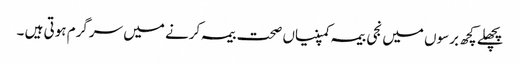
پچھلے کچھ برسوں میں نجی بیمہ کمپنیاں صحت بیمہ کرنے میں سرگرم ہوتی ہیں ۔